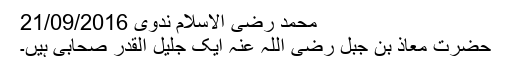
محمد رضی الاسلام ندوی 21/09/2016
حضرت معاذ بن جبل رضی اللہ عنہ ایک جلیل القدر صحابی ہیں۔